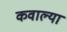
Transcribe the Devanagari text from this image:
कवाल्या